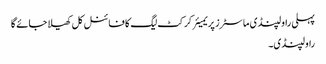
پہلی راولپنڈی ماسٹرز پریمیئر کرکٹ لیگ کا فائنل کل کھیلا جائے گا
راولپنڈی۔